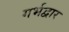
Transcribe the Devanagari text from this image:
गर्भद्वार